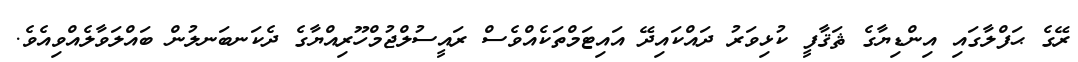
ރޭގެ ޙަފްލާގައި އިންޑިޔާގެ ޘަޤާފީ ކުޅިވަރު ދައްކައިދޭ އައިޓަމްތަކެއްވެސް ރައީސުލްޖުމްހޫރިއްޔާގެ ދެކަނބަނލުން ބައްލަވާލެއްވިއެވެ.